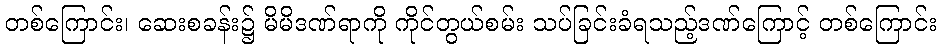
တစ်ကြောင်း၊ ဆေးစခန်း၌ မိမိဒဏ်ရာကို ကိုင်တွယ်စမ်း သပ်ခြင်းခံရသည့်ဒဏ်ကြောင့် တစ်ကြောင်း